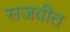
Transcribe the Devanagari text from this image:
सजवीत